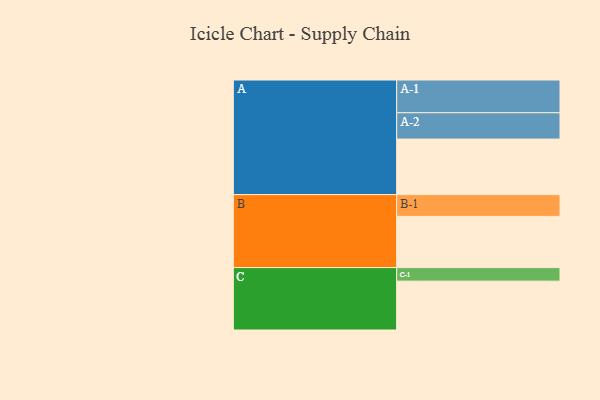
{"axis": {"x": "Segment", "y": "Value"}, "legend": ["", "A", "B", "C"], "data": [{"x": "A", "y": 451, "type": ""}, {"x": "B", "y": 416, "type": ""}, {"x": "C", "y": 397, "type": ""}, {"x": "A-1", "y": 266, "type": "A"}, {"x": "A-2", "y": 214, "type": "A"}, {"x": "B-1", "y": 177, "type": "B"}, {"x": "C-1", "y": 110, "type": "C"}]}